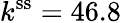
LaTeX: k^{\mathrm{ss}}=46.8